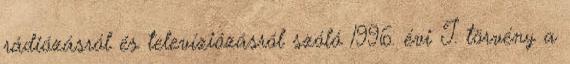
rádiózásról és televíziózásról szóló 1996. évi I. törvény a